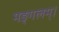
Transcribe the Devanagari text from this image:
मङ्गलम्।